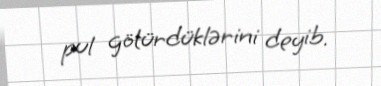
pul götürdüklərini deyib.